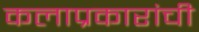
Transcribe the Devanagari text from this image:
कलाप्रकारांची